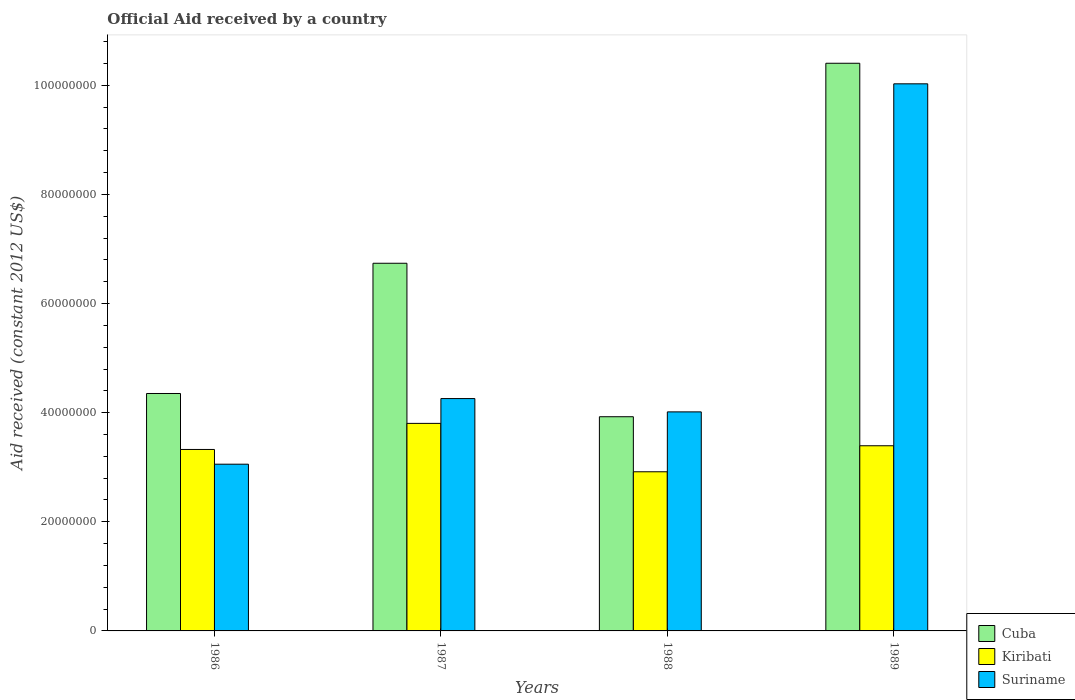
| Years | Cuba | Kiribati | Suriname |
 | --- | --- | --- | --- |
 | 1986 | 4.35e+07 | 3.33e+07 | 3.06e+07 |
 | 1987 | 6.74e+07 | 3.8e+07 | 4.26e+07 |
 | 1988 | 3.93e+07 | 2.92e+07 | 4.02e+07 |
 | 1989 | 1.04e+08 | 3.39e+07 | 1e+08 |